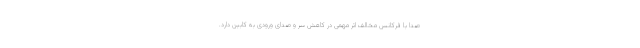
صدا با فرکانس مخالف اثر مهمی در کاهش سر و صدای ورودی به کابین دارد.